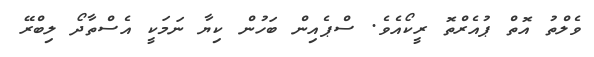
ވެލްތު އޮތް ޕުއެރްތޮ ރީކޯއެވެ. ސްޕެއިން ބަހުން ކިޔާ ނަމަކީ އެސްތާދޯ ލިބްރޭ